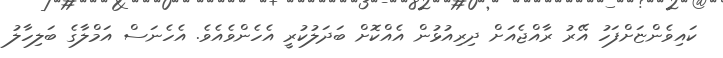
ކައިވެންޏަށްފަހު އޭރު ރާއްޖެއަށް ދިރިއުޅުން އެއްކޮށް ބަދަލުކުރީ އެހެންވެއެވެ. އެހެނަސް އަމްލާގެ ބަލިހާލު